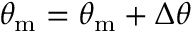
\theta _ { \mathrm { { m } } } = \theta _ { \mathrm { { m } } } + \Delta \theta